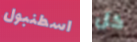
اسطنبول كل